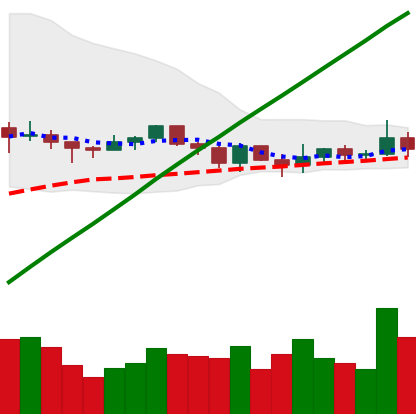
Ticker: XLM-USD
Chart end date: 2021-03-21
Forward return: -4.319%
Label: down_3_5